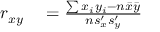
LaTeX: \begin{array} { r l } { r _ { x y } } & { { } = { \frac { \sum x _ { i } y _ { i } - n { \bar { x } } { \bar { y } } } { n s _ { x } ^ { \prime } s _ { y } ^ { \prime } } } } \end{array}